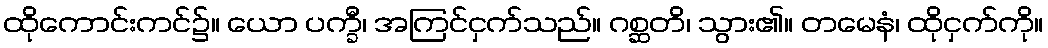
ထိုကောင်းကင်၌။ ယော ပက္ခီ၊ အကြင်ငှက်သည်။ ဂစ္ဆတိ၊ သွား၏။ တမေနံ၊ ထိုငှက်ကို။